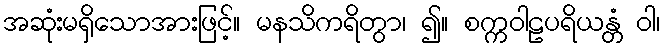
အဆုံးမရှိသောအားဖြင့်။ မနသိကရိတွာ၊ ၍။ စက္ကဝါဠပရိယန္တံ ဝါ၊